Vaccination North-Western Provinces 1866-1877 - 1866-1877
Year: 1866
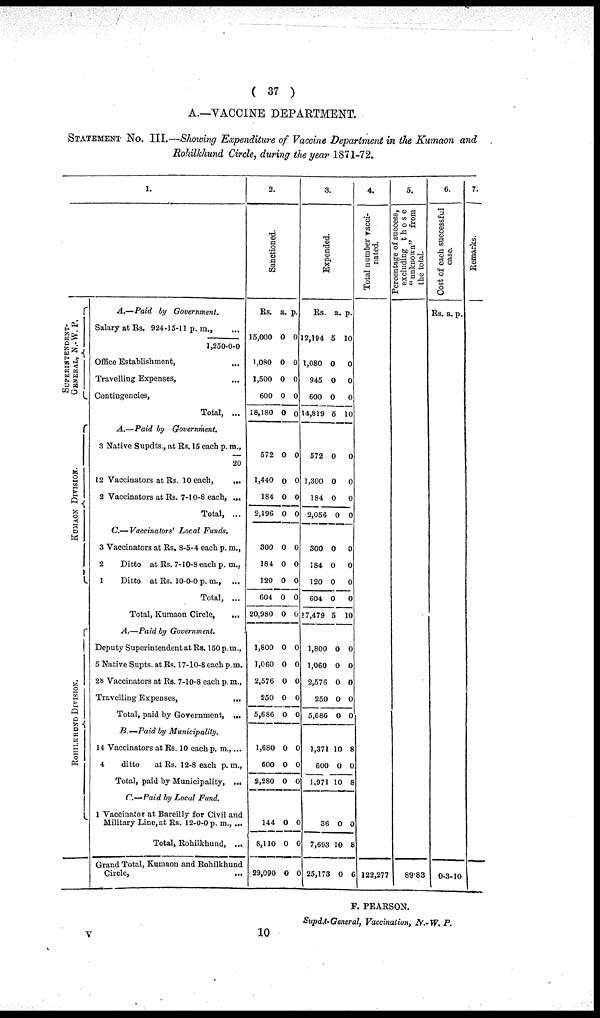
( 37 )
A.—VACCINE DEPARTMENT.
STATEMENT No. III.—Showing Expenditure of Vaccine Department in the Kumaon and
Rohilkhund Circle, during the year 1871-72.
1.
S
UP E RINT E NDE NT ¬
GENERAL, N.- W. P.
KUMAON DIVISION.
ROHILKHUND DIVISION.
A.—Paid by Government.
Salary at Rs. 924-15-11 p. m., ...
1,250-0-0
Office Establishment, ...
Travelling Expenses, ...
Contingencies, ...
Total, ...
A.—Paid by Government.
3 Native Supdts., at Rs. 15 each p. m.,
20
12 Vaccinators at Rs. 10 each,
...
2 Vaccinators at Rs. 7-10-8 each, ...
Total, ...
C.— Vaccinators' Local Funds.
3 Vaccinators at Rs. 8-5-4 each p. m.,
2
Ditto at Rs. 7-10-8 each p. m.,
1
Ditto at Rs. 10-0-0 p.m., ...
Total, ...
Total, Kumaon Circle,
...
A.—Paid by Government.
Deputy Superintendent at Rs. 150 p.m.,
5 Native Supts. at Rs. 17-10-8 each p. m.
28 Vaccinators at Rs. 7-10-8 each p. m.,
Travelling Expenses,
...
Total, paid by Government, ...
B.—Paid by Municipality.
14 Vaccinators at Rs. 10 each p. m., ...
4
ditto
at Rs. 12-8 each p.m.,
Total, paid by Municipality, ...
C.—Paid by Local Fund.
1 Vaccinator at Bareilly for Civil and
Military Line,at Rs. 12-0-0 p. m., ...
Total, Rohilkhund, ...
Grand Total, Kumaon and Rohilkhund
Circle, ...
2.
Sanctioned.
Rs.
15,000
1,080
1,500
600
18,180
572
1,440
184
2,196
300
184
120
604
20,980
1,800
1,060
2,576
250
5,686
1,680
600
2,280
144
8,110
29,090
a.
0
0
0
0
0
0
0
0
0
0
0
0
0
0
0
0
0
0
0
0
0
0
0
0
0
p.
0
0
0
0
0
0
0
0
0
0
0
0
0
0
0
0
0
0
0
0
0
0
0
0
0
3.
Expended.
Rs.
12,194
1,080
945
600
14,819
572
1,300
184
2,056
300
184
120
604
17,479
1,800
1,060
2,576
250
5,686
1,371
600
1,971
a.
5
0
0
0
5
0
0
0
0
0
0
0
0
5
0
0
0
0
0
10
0
10
p.
10
0
0
0
10
0
0
0
0
0
0
0
0
10
0
0
0
0
0
8
0
8
36
7,693
25,173
0
10
0
0
8
6
4.
Total number vacci-
nated.
122,277
5.
Percentage of success,
excluding those
" unknown" from
the total.
89.83
6.
Cost of each successful
case.
Rs.
0
a.
3
p.
10
7.
Remarks.
F. PEARSON.
Supdt-General, Vaccination, N.-W. P.
10
v